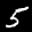
Label: 5